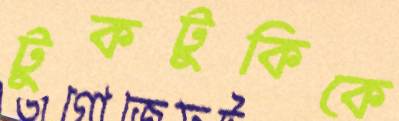
টুকটুকিকে